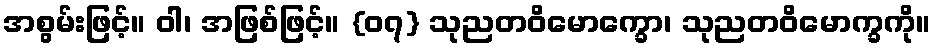
အစွမ်းဖြင့်။ ဝါ၊ အဖြစ်ဖြင့်။ {၀၇} သုညတဝိမောက္ခော၊ သုညတဝိမောက္ခကို။